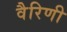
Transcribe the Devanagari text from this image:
वैरिणी